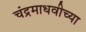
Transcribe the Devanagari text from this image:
चंद्रमाधवीच्या